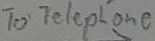
Text: To Telephone